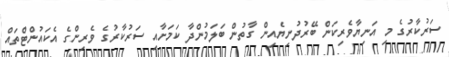
ސަރުކާރުގެ މި އަނިޔާވެރިކަން ބޭރުދުނިޔެއިން ގާތުން ބަލަމުންދާ ކަމަށާއި ސަރުކާރުގެ ވެރިންގެ އެކައުންޓްތައް